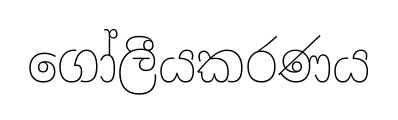
ගෝලීයකරණය